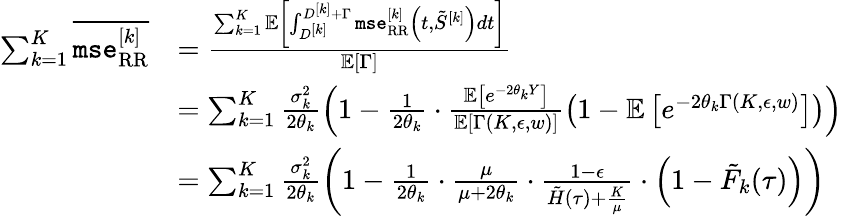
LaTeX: \begin{array}{rl}{\sum_{k=1}^{K}\overline{{\texttt{mse}_{\mathrm{RR}}^{[k]}}}}&{=\frac{\sum_{k=1}^{K}{\mathbb{E}}\left[\int_{D^{[k]}}^{D^{[k]}+\Gamma}\texttt{mse}_{\mathrm{RR}}^{[k]}\left(t,\tilde{S}^{[k]}\right)dt\right]}{\mathbb{E}\left[\Gamma\right]}}\\ &{=\sum_{k=1}^{K}\frac{\sigma_{k}^{2}}{2\theta_{k}}\left(1-\frac{1}{2\theta_{k}}\cdot\frac{{\mathbb{E}}\left[e^{-2\theta_{k}Y}\right]}{{\mathbb{E}}[\Gamma(K,\epsilon,w)]}\left(1-{\mathbb{E}}\left[e^{-2\theta_{k}\Gamma(K,\epsilon,w)}\right]\right)\right)}\\ &{=\sum_{k=1}^{K}\frac{\sigma_{k}^{2}}{2\theta_{k}}\left(1-\frac{1}{2\theta_{k}}\cdot\frac{\mu}{\mu+2\theta_{k}}\cdot\frac{1-\epsilon}{\tilde{H}(\tau)+\frac{K}{\mu}}\cdot\left(1-\tilde{F}_{k}(\tau)\right)\right)}\end{array}